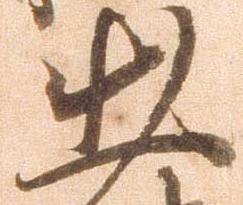
出